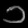
Digit: ၁